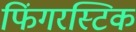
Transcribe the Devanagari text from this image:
फिंगरस्टिक